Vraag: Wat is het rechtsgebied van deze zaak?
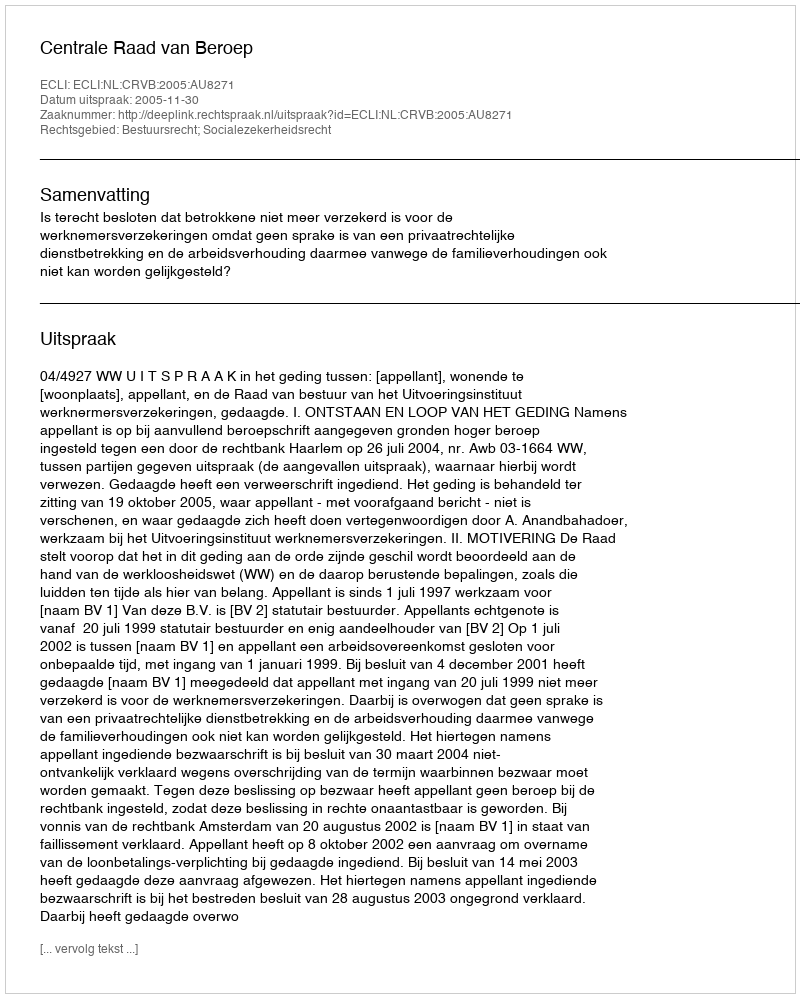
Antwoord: Bestuursrecht; Socialezekerheidsrecht